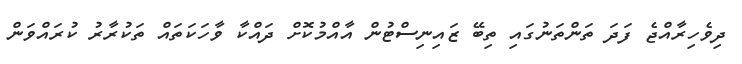
ދިވެހިރާއްޖެ ފަދަ ތަންތަނުގައި ތިބޭ ޒައިނިސްޓުން އާއްމުކޮށް ދައްކާ ވާހަކަތައް ތަކުރާރު ކުރައްވަން